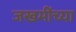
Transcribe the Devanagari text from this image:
जखमींच्या